Scientific memoirs by medical officers of the Army of India - Part X,
Year: 1897
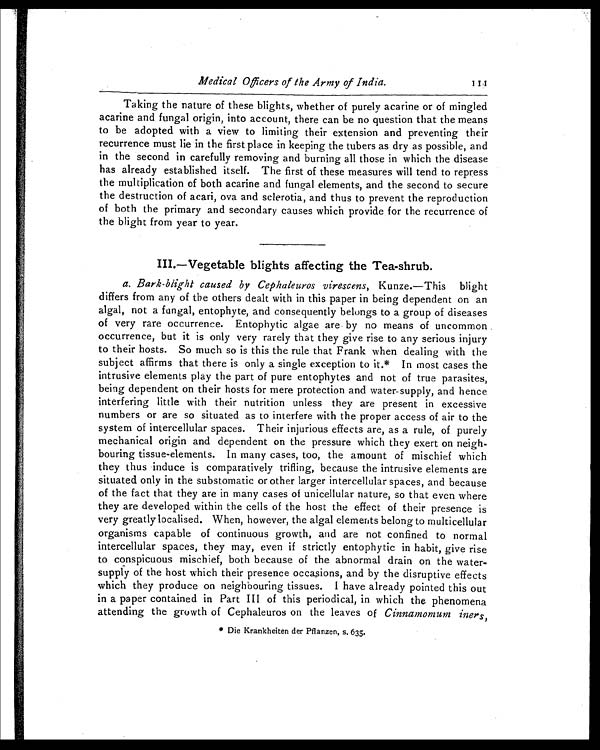
Medical Officers of the Army of India. 1 1 1
Taking the nature of these blights, whether of purely acarine or of mingled
acarine and fungal origin, into account, there can be no question that the means
to be adopted with a view to limiting their extension and preventing their
recurrence must lie in the first place in keeping the tubers as dry as possible, and
in the second in carefully removing and burning all those in which the disease
has already established itself. The first of these measures will tend to repress
the multiplication of both acarine and fungal elements, and the second to secure
the destruction of acari, ova and sclerotia, and thus to prevent the reproduction
of both the primary and secondary causes which provide for the recurrence of
the blight from year to year.
III.—Vegetable blights affecting the Tea-shrub.
a. Bark-blight caused by Cephaleuros virescens, Kunze. —This blight
differs from any of the others dealt with in this paper in being dependent on an
algal, not a fungal, entophyte, and consequently belongs to a group of diseases
of very rare occurrence. Entophytic algae are by no means of uncommon
occurrence, but it is only very rarely that they give rise to any serious injury
to their hosts. So much so is this the rule that Frank when dealing with the
subject affirms that there is only a single exception to it.* In most cases the
intrusive elements play the part of pure entophytes and not of true parasites,
being dependent on their hosts for mere protection and water supply, and hence
interfering little with their nutrition unless they are present in excessive
numbers or are so situated as to interfere with the proper access of air to the
system of intercellular spaces. Their injurious effects are, as a rule, of purely
mechanical origin and dependent on the pressure which they exert on neigh
-
bouring tissue-elements. In many cases, too, the amount of mischief which
they thus induce is comparatively trifling, because the intrusive elements are
situated only in the substomatic or other larger intercellular spaces, and because
of the fact that they are in many cases of unicellular nature, so that even where
they are developed within the cells of the host the effect of their presence is
very greatly localised. When, however, the algal elements belong to multicellular
organisms capable of continuous growth, and are not confined to normal
intercellular spaces, they may, even if strictly entophytic in habit, give rise
to conspicuous mischief, both because of the abnormal drain on the water-
supply of the host which their presence occasions, and by the disruptive effects
which they produce on neighbouring tissues. I have already pointed this out
in a paper contained in Part III of this periodical, in which the phenomena
attending the growth of Cephaleuros on the leaves of Cinnamomum iners,
* Die Krankheiten der Pflanzen, s. 635.